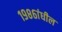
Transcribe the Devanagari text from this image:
१९८६ांधील